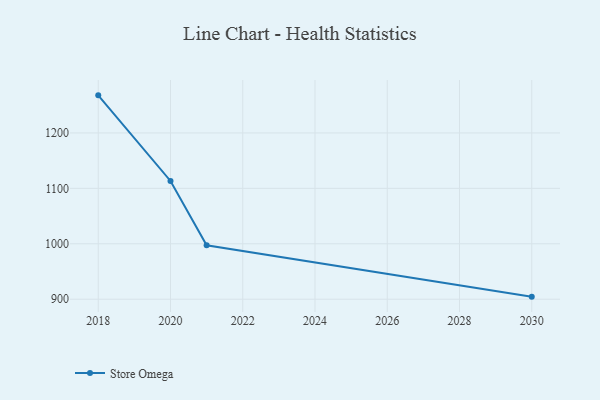
{"axis": {"x": "Year", "y": "Backlog"}, "legend": ["Store Omega"], "data": [{"x": "2018", "y": 1267.8, "type": "Store Omega"}, {"x": "2020", "y": 1113.3, "type": "Store Omega"}, {"x": "2021", "y": 997.3, "type": "Store Omega"}, {"x": "2030", "y": 904.6, "type": "Store Omega"}]}